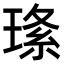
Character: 𤦰